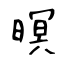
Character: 暝